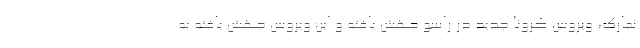
نمارک، ویروس کرونا جدید در راسو جهش یافته و این ویروس جهش یافته به